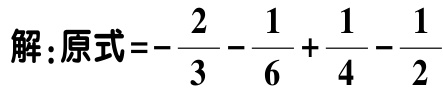
解：原式\(=-\frac{2}{3}-\frac{1}{6}+\frac{1}{4}-\frac{1}{2}\)